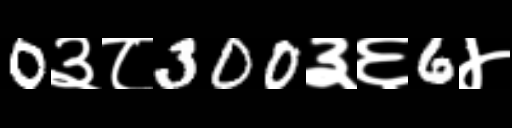
Text: 0३८300३६6४